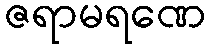
ဇရာမရဏေ